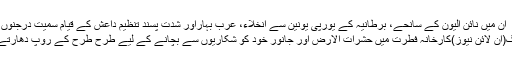
ان میں نائن الیون کے سانحے، برطانیہ کے یورپی یونین سے انخلاء، عرب بہاراور شدت پسند تنظیم داعش کے قیام سمیت درجنوں پ�
بیجنگ(آن لائن نیوز)کارخانہ فطرت میں حشرات الارض اور جانور خود کو شکاریوں سے بچانے کے لیے طرح طرح کے روپ دھارتے ہیں۔